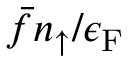
\bar { f } n _ { \uparrow } / \epsilon _ { \mathrm { F } }